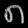
Digit: ၈